Some observations on the morphology and mechanism of the parts in the orthorrapha - Number 58
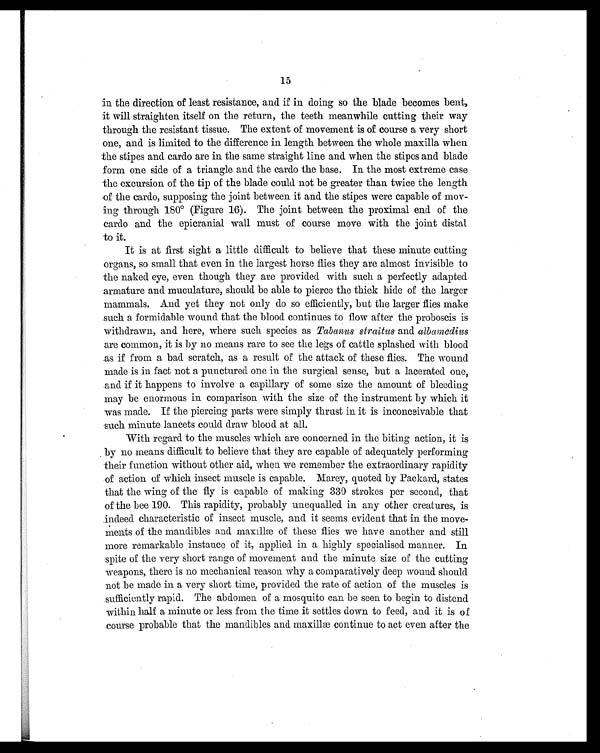
15
in the direction of least resistance, and if in doing so the blade becomes bent,
it will straighten itself on the return, the teeth meanwhile cutting their way
through the resistant tissue. The extent of movement is of course a very short
one, and is limited to the difference in length between the whole maxilla when
the stipes and cardo are in the same straight line and when the stipes and blade
form one side of a triangle and the cardo the base. In the most extreme case
the excursion of the tip of the blade could not be greater than twice the length
of the cardo, supposing the joint between it and the stipes were capable of mov-
ing through 180˚ (Figure 16). The joint between the proximal end of the
cardo and the epicranial wall must of course move with the joint distal
to it.
It is at first sight a little difficult to believe that these minute cutting
organs, so small that even in the largest horse flies they are almost invisible to
the naked eye, even though they are provided with such a perfectly adapted
armature and muculature, should be able to pierce the thick hide of the larger
mammals. And yet they not only do so efficiently, but the larger flies make
such a formidable wound that the blood continues to flow after the proboscis is
withdrawn, and here, where such species as Tabanus straitus and albamedius
are common, it is by no means rare to see the legs of cattle splashed with blood
as if from a bad scratch, as a result of the attack of these flies. The wound
made is in fact not a punctured one in the surgical sense, but a lacerated one,
and if it happens to involve a capillary of some size the amount of bleeding
may be enormous in comparison with the size of the instrument by which it
was made. If the piercing parts were simply thrust in it is inconceivable that
such minute lancets could draw blood at all.
With regard to the muscles which are concerned in the biting action, it is
by no means di f f i cul t t o bel i eve t hat t hey ar e capabl e of adequat el y per f or mi ng
their function without other aid, when we remember the extraordinary rapidity
of action of which insect muscle is capable. Marey, quoted by Packard, states
that the wing of the fly is capable of making 330 strokes per second, that
of the bee 190. This rapidity, probably unequalled in any other creatures, is
indeed characteristic of insect muscle, and it seems evident that in the move-
ments of the mandibles and maxillæ of these flies we have another and still
more remarkable instance of it, applied in a highly specialised manner. In
spite of the very short range of movement and the minute size of the cutting
weapons, there is no mechanical reason why a comparatively deep wound should
not be made in a very short time, provided the rate of action of the muscles is
sufficiently rapid. The abdomen of a mosquito can be seen to begin to distend
within half a minute or less from the time it settles down to feed, and it is of
course probable that the mandibles and maxillæ continue to act even after the
yr